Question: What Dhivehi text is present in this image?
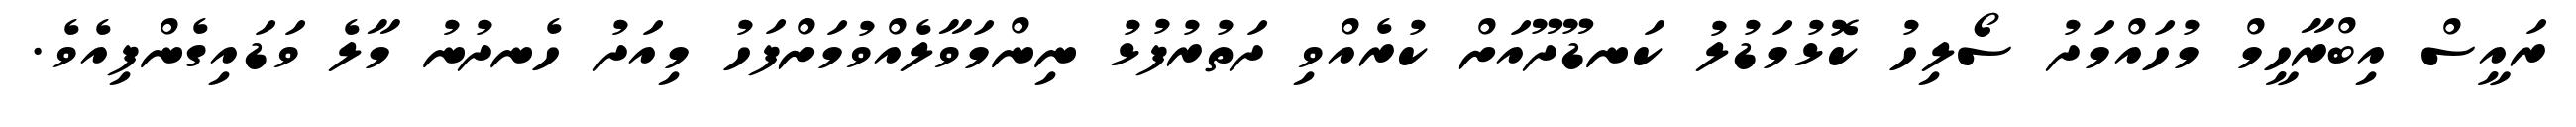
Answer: ރައީސް އިބްރާހީމް މުހައްމަދު ސޯލިހު ކޮޅުމަޑުލު ކަނޑޫދޫއަށް ކުރެއްވި ދަތުރުފުޅު ނިންމަވާލެއްވުމަށްފަހު މިއަދު ހެނދުނު މާލެ ވަޑައިގެންފިއެވެ.